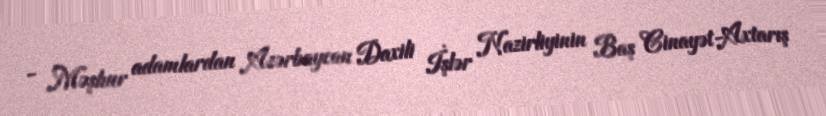
- Məşhur adamlardan Azərbaycan Daxili İşlər Nazirliyinin Baş Cinayət-Axtarış